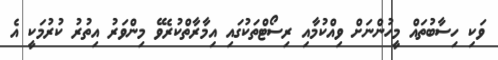
ވަކި ހިސާބުތައް މީހުންނަށް ވިއްކުމާއި ރިސޯޓްތަކުގައި އިމާރާތްކުރެވޭ މިންވަރު އިތުރު ކުރުމަކީ އެ